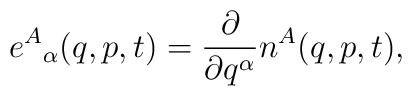
e^A{}_\alpha (q,p,t)=\frac{\partial }{\partial q^\alpha }n^A(q,p,t),